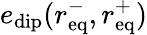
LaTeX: e_{\mathrm{dip}}(r_{\mathrm{eq}}^{-},r_{\mathrm{eq}}^{+})